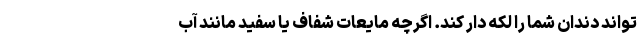
تواند دندان شما را لکه دار کند. اگرچه مایعات شفاف یا سفید مانند آب